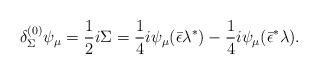
LaTeX: \begin{align*}{\delta^{(0)}_\Sigma\psi_\mu= {1\over 2} i \Sigma = {1\over 4} i\psi_\mu(\bar\epsilon \lambda^*) - {1\over 4} i\psi_\mu (\bar\epsilon^* \lambda) .}\end{align*}